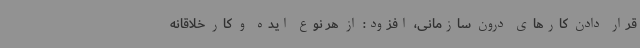
قرار دادن کارهای درون سازمانی، افزود: از هر نوع ایده و کار خلاقانه